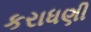
કરાધણી